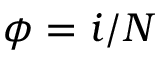
\phi = i / N